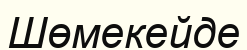
Шөмекейде